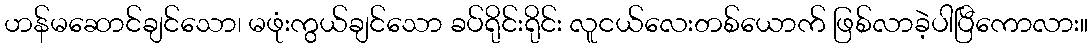
ဟန်မဆောင်ချင်သော၊ မဖုံးကွယ်ချင်သော ခပ်ရိုင်းရိုင်း လူငယ်လေးတစ်ယောက် ဖြစ်လာခဲ့ပါပြီကောလား။